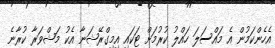
އެހެންކަމުން އެ މައްސަލަ ހައްލު ކުރުމަށް ޓަކައި އިމިގްރޭޝަނާ އެކު މަޝްވަރާ ކުރާނެ